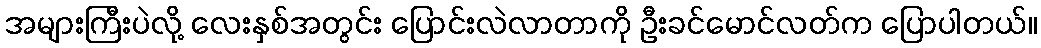
အများကြီးပဲလို့ လေးနှစ်အတွင်း ပြောင်းလဲလာတာကို ဦးခင်မောင်လတ်က ပြောပါတယ်။